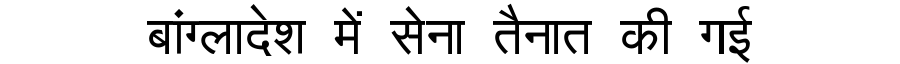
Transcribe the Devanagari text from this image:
बांग्लादेश में सेना तैनात की गई